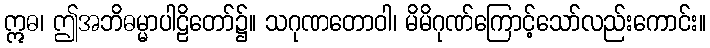
ဣဓ၊ ဤအဘိဓမ္မာပါဠိတော်၌။ သဂုဏတောဝါ၊ မိမိဂုဏ်ကြောင့်သော်လည်းကောင်း။